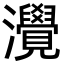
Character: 灚